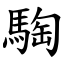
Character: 騊